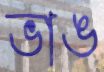
ভাঙ